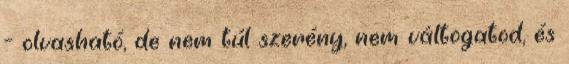
- olvasható, de nem túl szerény, nem váltogatod, és